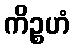
ကိဉ္စဟံ